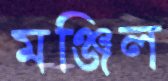
মঞ্জিল